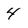
Character: 4